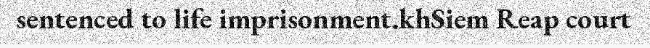
sentenced to life imprisonment.khSiem Reap court